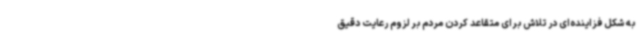
به شکل فزاینده‌ای در تلاش برای متقاعد کردن مردم بر لزوم رعایت دقیق